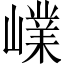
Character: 嶫